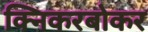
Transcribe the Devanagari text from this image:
क्निकरबोकर